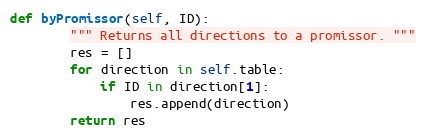
Language: Python
def byPromissor(self, ID):
        """ Returns all directions to a promissor. """
        res = []
        for direction in self.table:
            if ID in direction[1]:
                res.append(direction)
        return res